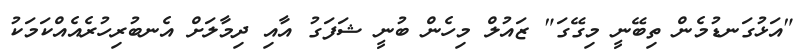
"އަޅުގަނޑުމެން ތިބޭނީ މިގޭގަ" ޒައުލް މިހެން ބުނީ ޝަފަގު އާއި ދިމާލަށް އެނބުރިހުރެއެއްކަމަކު